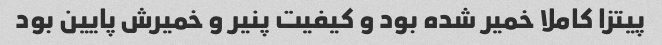
پیتزا کاملا خمیر شده بود و کیفیت پنیر و خمیرش پایین بود